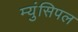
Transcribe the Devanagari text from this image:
म्युंसिपल